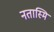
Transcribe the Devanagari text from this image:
नतास्मि